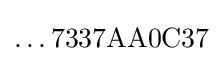
\ldots 7337{\text{A}}{\text{A}}0{\text{C}}37